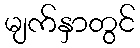
မျက်နှာတွင်